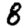
Digit: 8